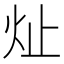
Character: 𪸔